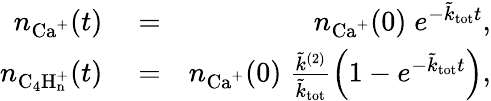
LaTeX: \begin{array}{rlr}{n_{\mathrm{Ca^{+}}}(t)}&{{}=}&{n_{\mathrm{Ca^{+}}}(0)\; e^{-\tilde{k}_{\mathrm{tot}}t},}\\ {n_{\mathrm{C_{4}H_{n}^{+}}}(t)}&{{}=}&{n_{\mathrm{Ca^{+}}}(0)\; \frac{\tilde{k}^{(2)}}{\tilde{k}_{\mathrm{tot}}}\left(1-e^{-\tilde{k}_{\mathrm{tot}}t}\right),}\end{array}